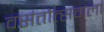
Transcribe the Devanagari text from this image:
वसंतोत्सवाला